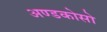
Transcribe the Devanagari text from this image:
अण्डकोसो